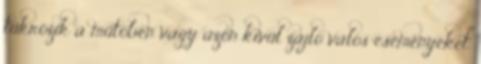
tükrözik a műtőben vagy azon kívül zajló valós eseményeket.